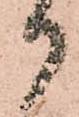
御